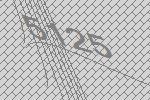
5125